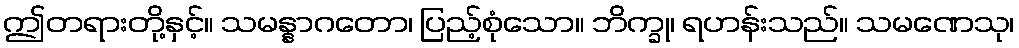
ဤတရားတို့နှင့်။ သမန္နာဂတော၊ ပြည့်စုံသော။ ဘိက္ခု၊ ရဟန်းသည်။ သမဏေသု၊